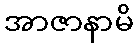
အာဇာနာမိ